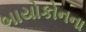
બાયોકોનના